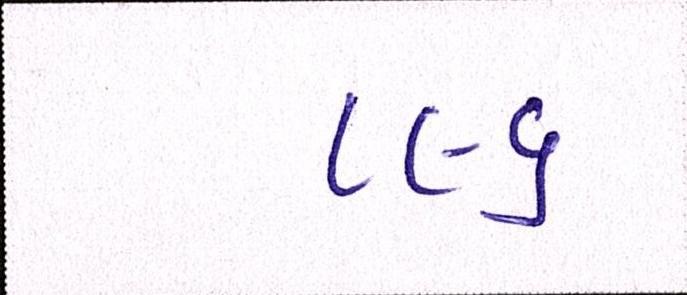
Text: ૮૯૬